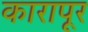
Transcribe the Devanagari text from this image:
कारापूर